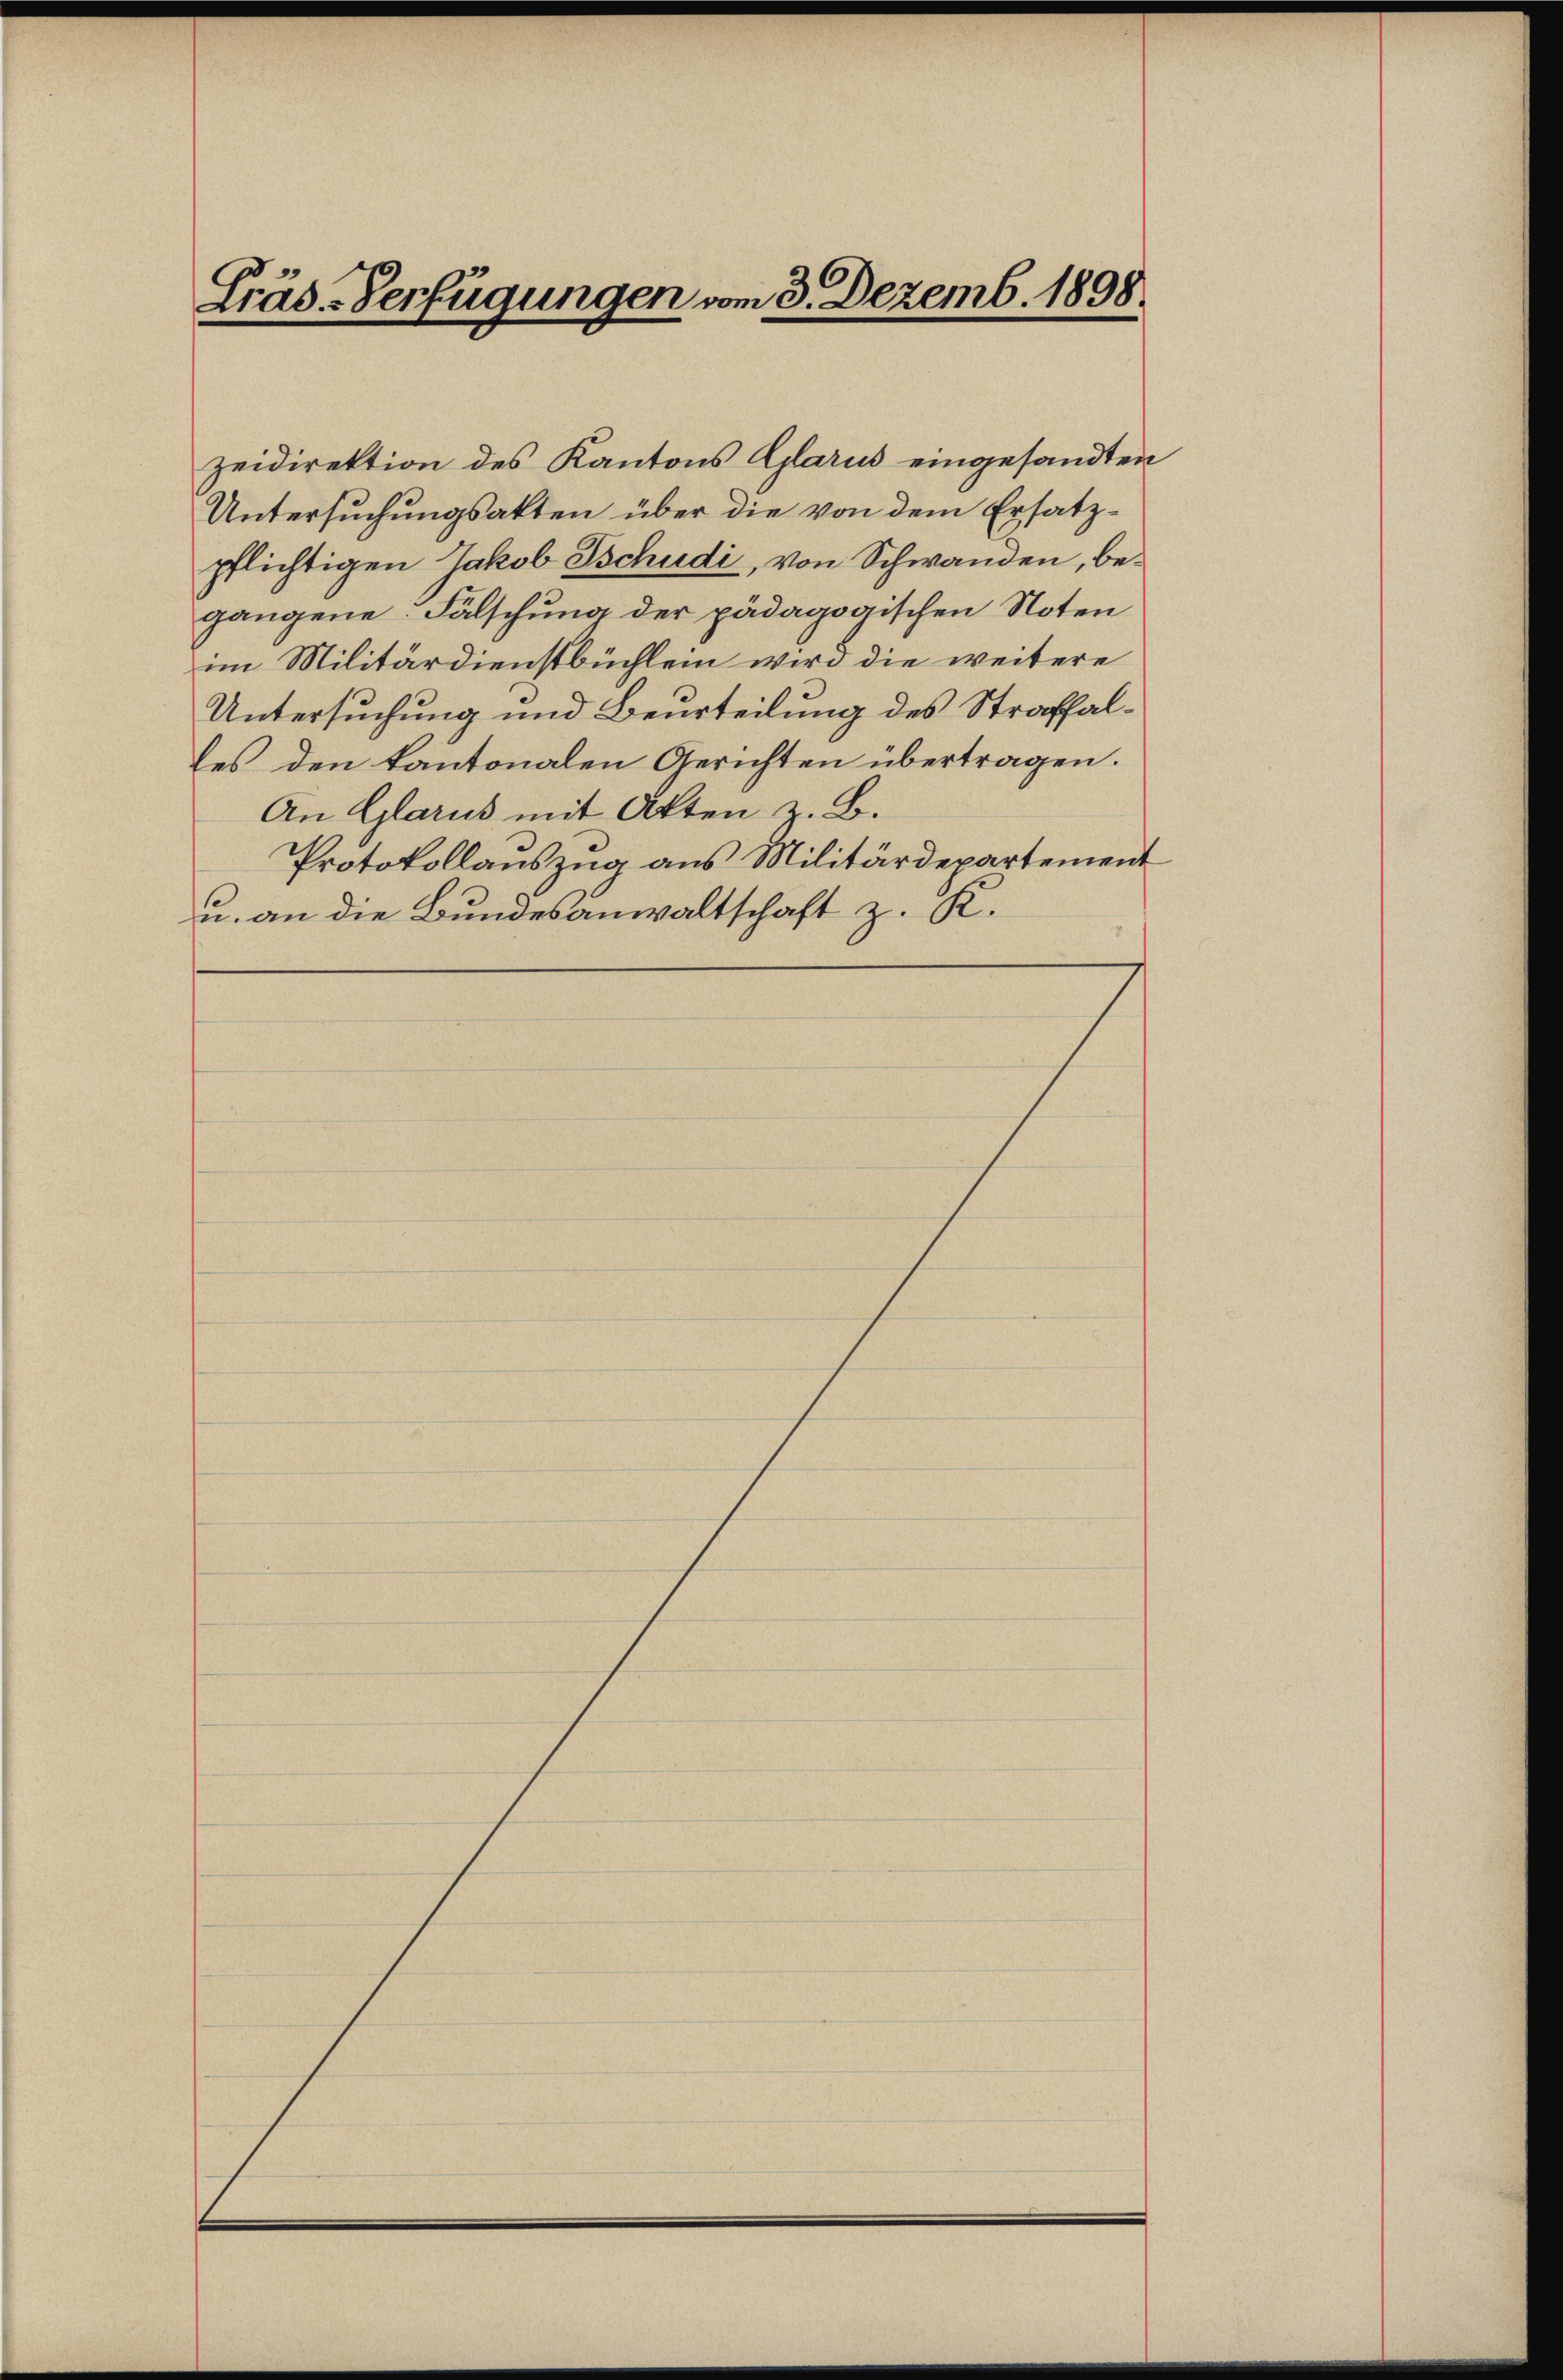
Gräd-Verfügungen vom 3. Dezemb. 1898

zeidirektion des Kantons Glarus eingesandten
Untersuchungsakten über die von dem Ersatzpflichtigen Jakob Tschudi, von Schwanden, begangene Fälschung der pädagogischen Noten
im Militärdienstbüchlein wird die weitere
Untersuchung und Beurteilung des Straffalles den kantonalen Gerichten übertragen.
An Glarus mit Akten z. B.
Protokollauszug aus Militärdepartement
u. an die Bundesanwaltschaft z. K.